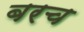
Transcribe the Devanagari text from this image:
बरच